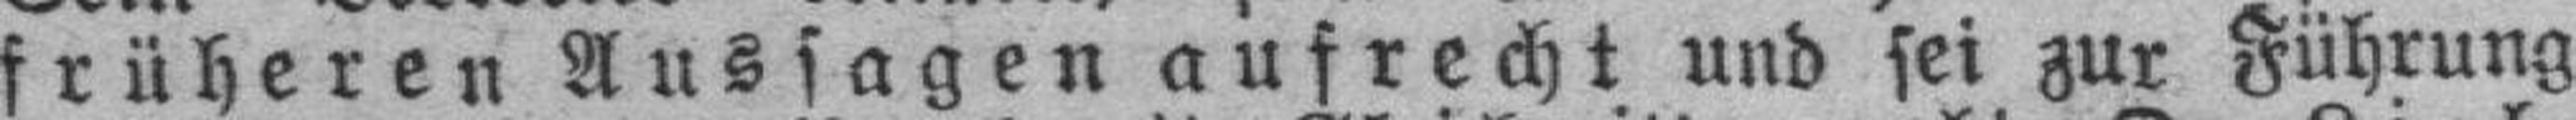
früheren Aussagen aufrecht und sei zur Führung